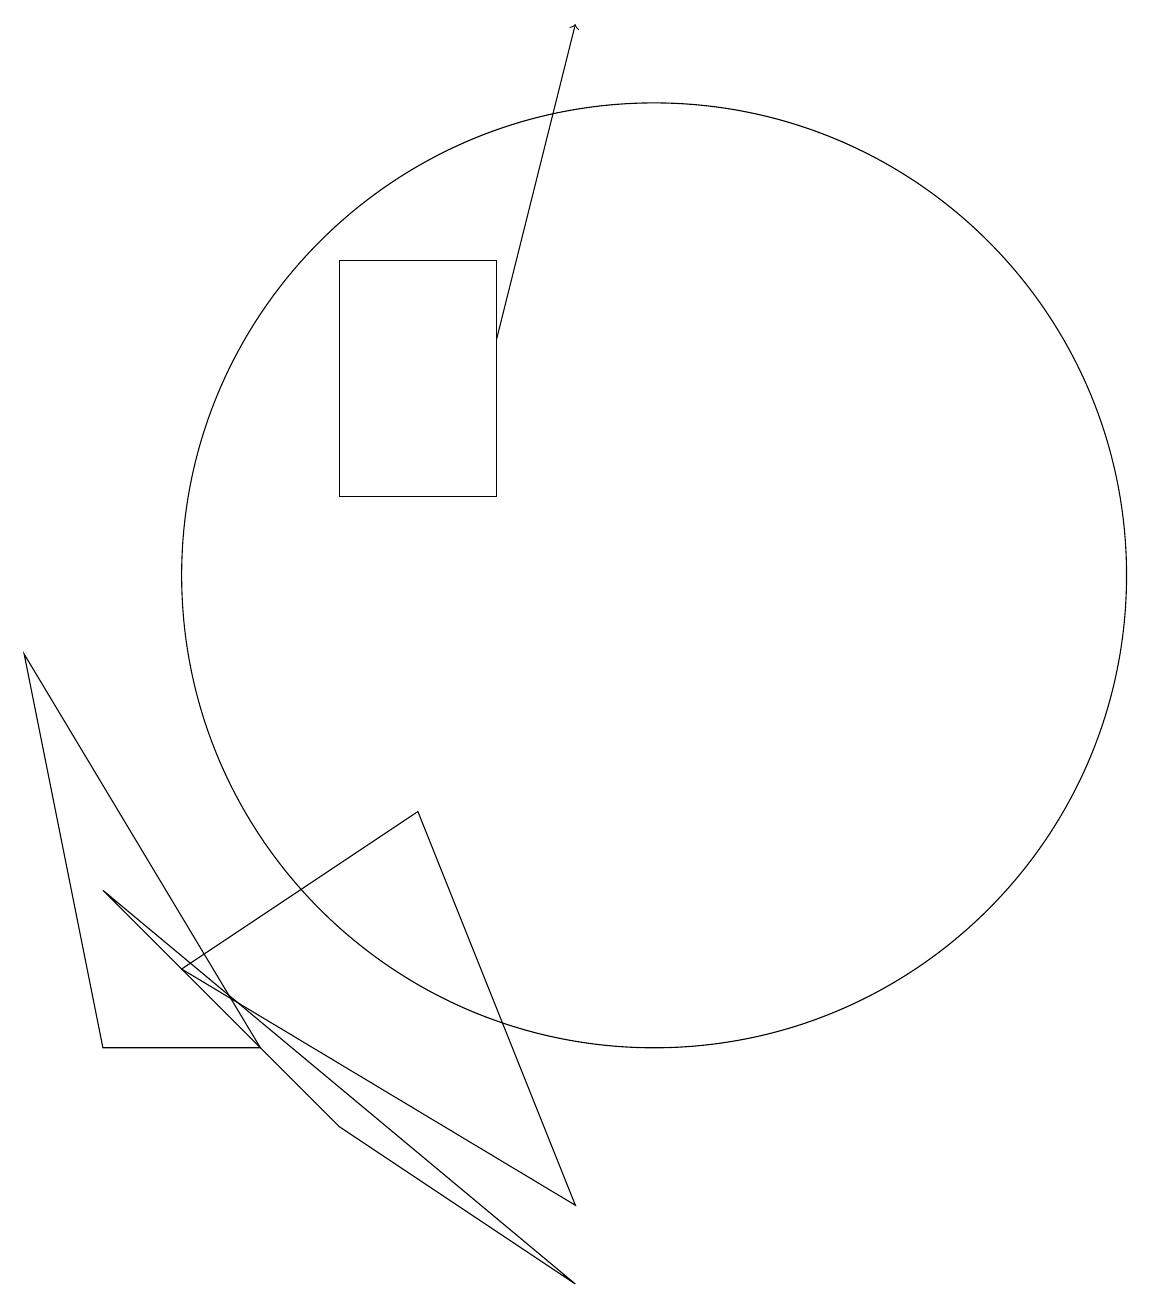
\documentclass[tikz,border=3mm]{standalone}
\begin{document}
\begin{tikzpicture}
\draw[->] (8,13) -- (9,17);
\draw (10,10) circle (6);
\draw (5,4) -- (2,9) -- (3,4) -- cycle;
\draw (9,1) -- (3,6) -- (6,3) -- cycle;
\draw (4,5) -- (7,7) -- (9,2) -- cycle;
\draw (8,14) rectangle (6,11);
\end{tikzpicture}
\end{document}